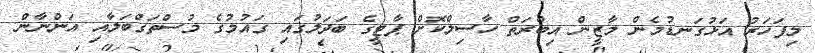
މިފަހަރު އަޅުގަނޑުމެން މާޒީން އިބްރަތް ހާސިލްކޮށް ޕާޓީގެ ބަދަލުގައި ގައުމުގެ މުސްތަގްބަލާއި އަންނާން